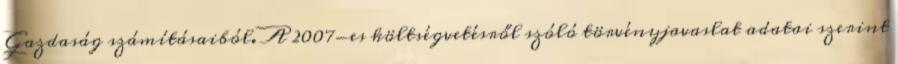
Gazdaság számításaiból. A 2007-es költségvetésről szóló törvényjavaslat adatai szerint